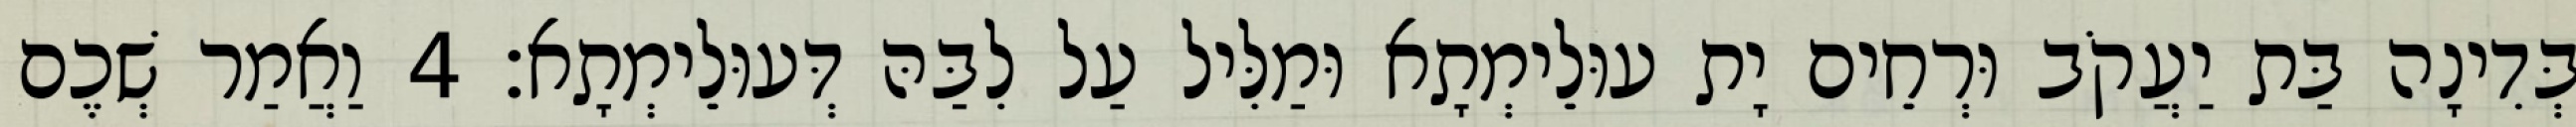
בְּדִינָה בַּת יַעֲקֹב וּרְחֵים יָת עוּלֵימְתָא וּמַלִּיל עַל לִבַּהּ דְּעוּלֵימְתָא׃ 4 וַאֲמַר שְׁכֶם